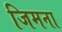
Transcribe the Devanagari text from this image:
जिमना